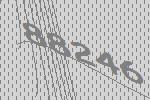
88246